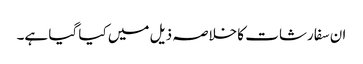
ان سفارشات کا خلاصہ ذیل میں کیا گیا ہے۔